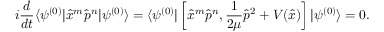
i \frac { d } { d t } \langle \psi ^ { ( 0 ) } | \hat { x } ^ { m } \hat { p } ^ { n } | \psi ^ { ( 0 ) } \rangle = \langle \psi ^ { ( 0 ) } | \left[ \hat { x } ^ { m } \hat { p } ^ { n } , \frac { 1 } { 2 \mu } \hat { p } ^ { 2 } + V ( \hat { x } ) \right] | \psi ^ { ( 0 ) } \rangle = 0 .